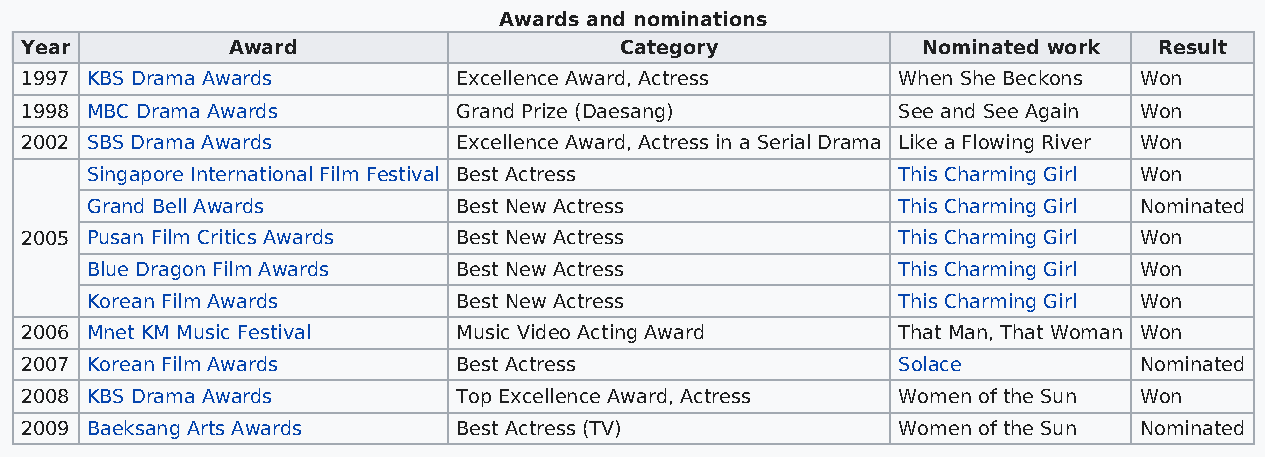
Awards and nominations
 Year          Award                     Category            Nominated work  Result
 1997 KBS Drama Awards        Excellence Award, Actress    When She Beckons Won
 1998 MBC Drama Awards        Grand Prize (Daesang)        See and See Again Won
 2002 SBS Drama Awards        Excellence Award, Actress in a Serial Drama Like a Flowing River Won
 Singapore International Film Festival Best Actress   This Charming Girl Won
 Grand Bell Awards       Best New Actress             This Charming Girl Nominated
 2005 Pusan Film Critics Awards Best New Actress           This Charming Girl Won
 Blue Dragon Film Awards Best New Actress             This Charming Girl Won
 Korean Film Awards      Best New Actress             This Charming Girl Won
 2006 Mnet KM Music Festival  Music Video Acting Award     That Man, That Woman Won
 2007 Korean Film Awards      Best Actress                 Solace          Nominated
 2008 KBS Drama Awards        Top Excellence Award, Actress Women of the Sun Won
 2009 Baeksang Arts Awards    Best Actress (TV)            Women of the Sun Nominated